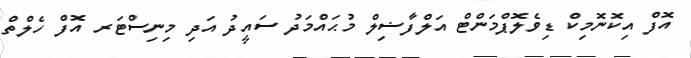
އޮފް އިކޮނޮމިކް ޑިވެލޮޕްމަންޓް އަލްފާޟިލް މުޙައްމަދު ސައީދު އަދި މިނިސްޓަރ އޮފް ހެލްތް